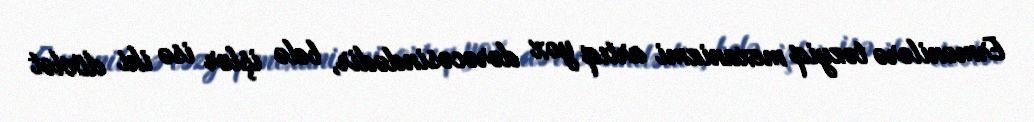
Ermənilərə təzyiq mexanizmi artıq yox dərəcəsindədir, belə işlər isə iki dövlət